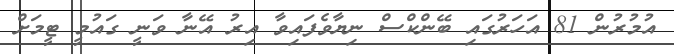
އުމުރުން 81 އަހަރުގައި ބޭންކްސް ނިޔާވެފައިވާ އިރު އޭނާ ވަނީ ގައުމީ ޓީމަށް